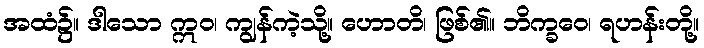
အထံ၌။ ဒါသော ဣဝ၊ ကျွန်ကဲ့သို့။ ဟောတိ၊ ဖြစ်၏။ ဘိက္ခဝေ၊ ရဟန်းတို့။